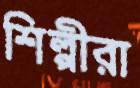
শিল্পীরা